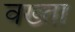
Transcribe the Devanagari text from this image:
वख्‍ता